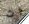
ان